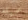
عميله